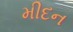
મીદન